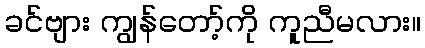
ခင်ဗျား ကျွန်တော့်ကို ကူညီမလား။